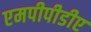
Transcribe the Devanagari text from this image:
एमपीपीडीए